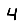
Digit: 4